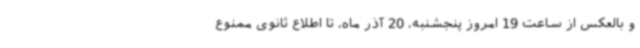
و بالعکس از ساعت 19 امروز پنجشنبه، 20 آذر ماه، تا اطلاع ثانوی ممنوع